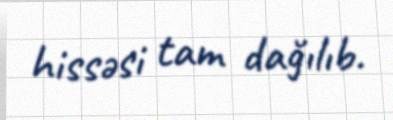
hissəsi tam dağılıb.